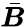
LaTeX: \bar{\boldsymbol{B}}